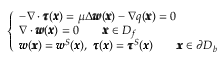
\left\{ \begin{array} { l l } { - \nabla \cdot { \pmb \tau } ( { \pmb x } ) = \mu \Delta { \pmb w } ( { \pmb x } ) - \nabla q ( { \pmb x } ) = 0 } \\ { \nabla \cdot { \pmb w } ( { \pmb x } ) = 0 \qquad { \pmb x } \in D _ { f } } \\ { { \pmb w } ( { \pmb x } ) = { \pmb w } ^ { S } ( { \pmb x } ) , \ { \pmb \tau } ( { \pmb x } ) = { \pmb \tau } ^ { S } ( { \pmb x } ) \qquad { \pmb x } \in \partial D _ { b } } \end{array} \right.